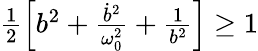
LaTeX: \begin{array}{r}{\frac{1}{2}\left[b^{2}+\frac{\dot{b}^{2}}{\omega_{0}^{2}}+\frac{1}{b^{2}}\right]\geq 1}\end{array}